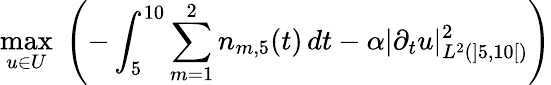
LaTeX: \operatorname*{max}_{u\in U}\; \left(-\int_{5}^{10}\sum_{m=1}^{2}n_{m,5}(t)\, dt-\alpha|\partial_{t}u|_{L^{2}(\mathopen]5,10\mathclose[)}^{2}\right)